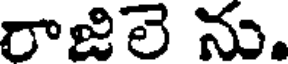
రాజిలె ను.